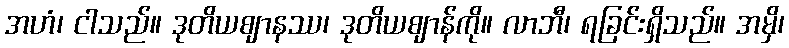
အဟံ၊ ငါသည်။ ဒုတိယဈာနဿ၊ ဒုတိယဈာန်ကို။ လာဘီ၊ ရခြင်းရှိသည်။ အမှိ၊